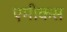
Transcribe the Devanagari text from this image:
एमीकस